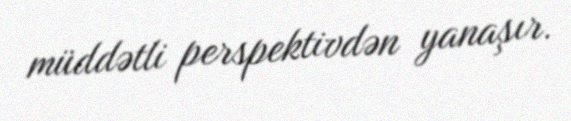
müddətli perspektivdən yanaşır.